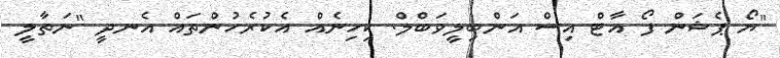
"ޔޯ ޕެޝަން ފޯ އާޓް އިސް އަންބިލީވަބްލް. ކިހިނެއް އެކުރެހުންތައް އެނދީ "ނަތާލީ